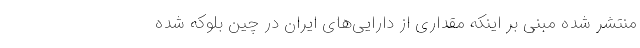
منتشر شده مبنی بر اینکه مقداری از دارایی‌های ایران در چین بلوکه شده